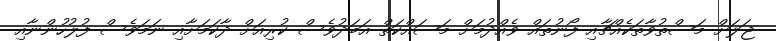
ޖަލަށް މަސްތުވާތަކެއްޗާއި ފޯނުތައް ވެއްދުމަށް މަސައްކަތް އަބަދުވެސް ކުރިއަށް ދާކަމަށާއި ނަމަވެސް ފުލުހުންނާއި